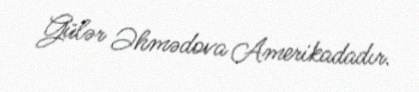
Gülər Əhmədova Amerikadadır.